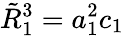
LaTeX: \tilde{R}_{1}^{3}=a_{1}^{2}c_{1}